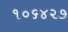
૧૦૬૪૨૭